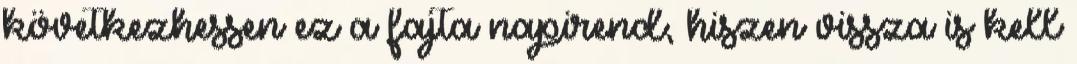
következhessen ez a fajta napirend, hiszen vissza is kell